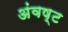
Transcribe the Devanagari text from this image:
अंवष्ट